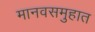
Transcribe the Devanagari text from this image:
मानवसमुहात